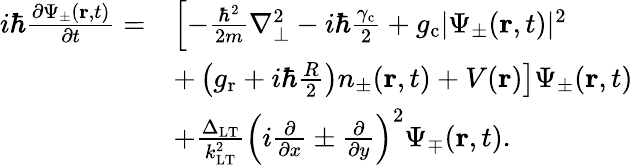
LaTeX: \begin{array}{rl}{i\hbar\frac{\partial\Psi_{\pm}(\mathbf{r},t)}{\partial t}=}&{\left[-\frac{\hbar^{2}}{2m}\nabla_{\bot}^{2}-i\hbar\frac{\gamma_{\mathrm{c}}}{2}+g_{\mathrm{c}}|\Psi_{\pm}(\mathbf{r},t)|^{2}\right.}\\ &{\left.+\left(g_{\mathrm{r}}+i\hbar\frac{R}{2}\right)n_{\pm}(\mathbf{r},t)+V(\mathbf{r})\right]\Psi_{\pm}(\mathbf{r},t)}\\ &{+\frac{\Delta_{\mathrm{LT}}}{k_{\mathrm{LT}}^{2}}\left(i\frac{\partial}{\partial x}\pm\frac{\partial}{\partial y}\right)^{2}\Psi_{\mp}(\mathbf{r},t).}\end{array}